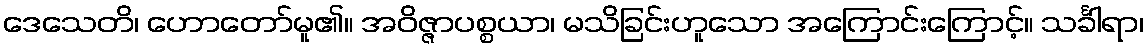
ဒေသေတိ၊ ဟောတော်မူ၏။ အဝိဇ္ဇာပစ္စယာ၊ မသိခြင်းဟူသော အကြောင်းကြောင့်။ သင်္ခါရာ၊